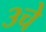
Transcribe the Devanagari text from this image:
३चे